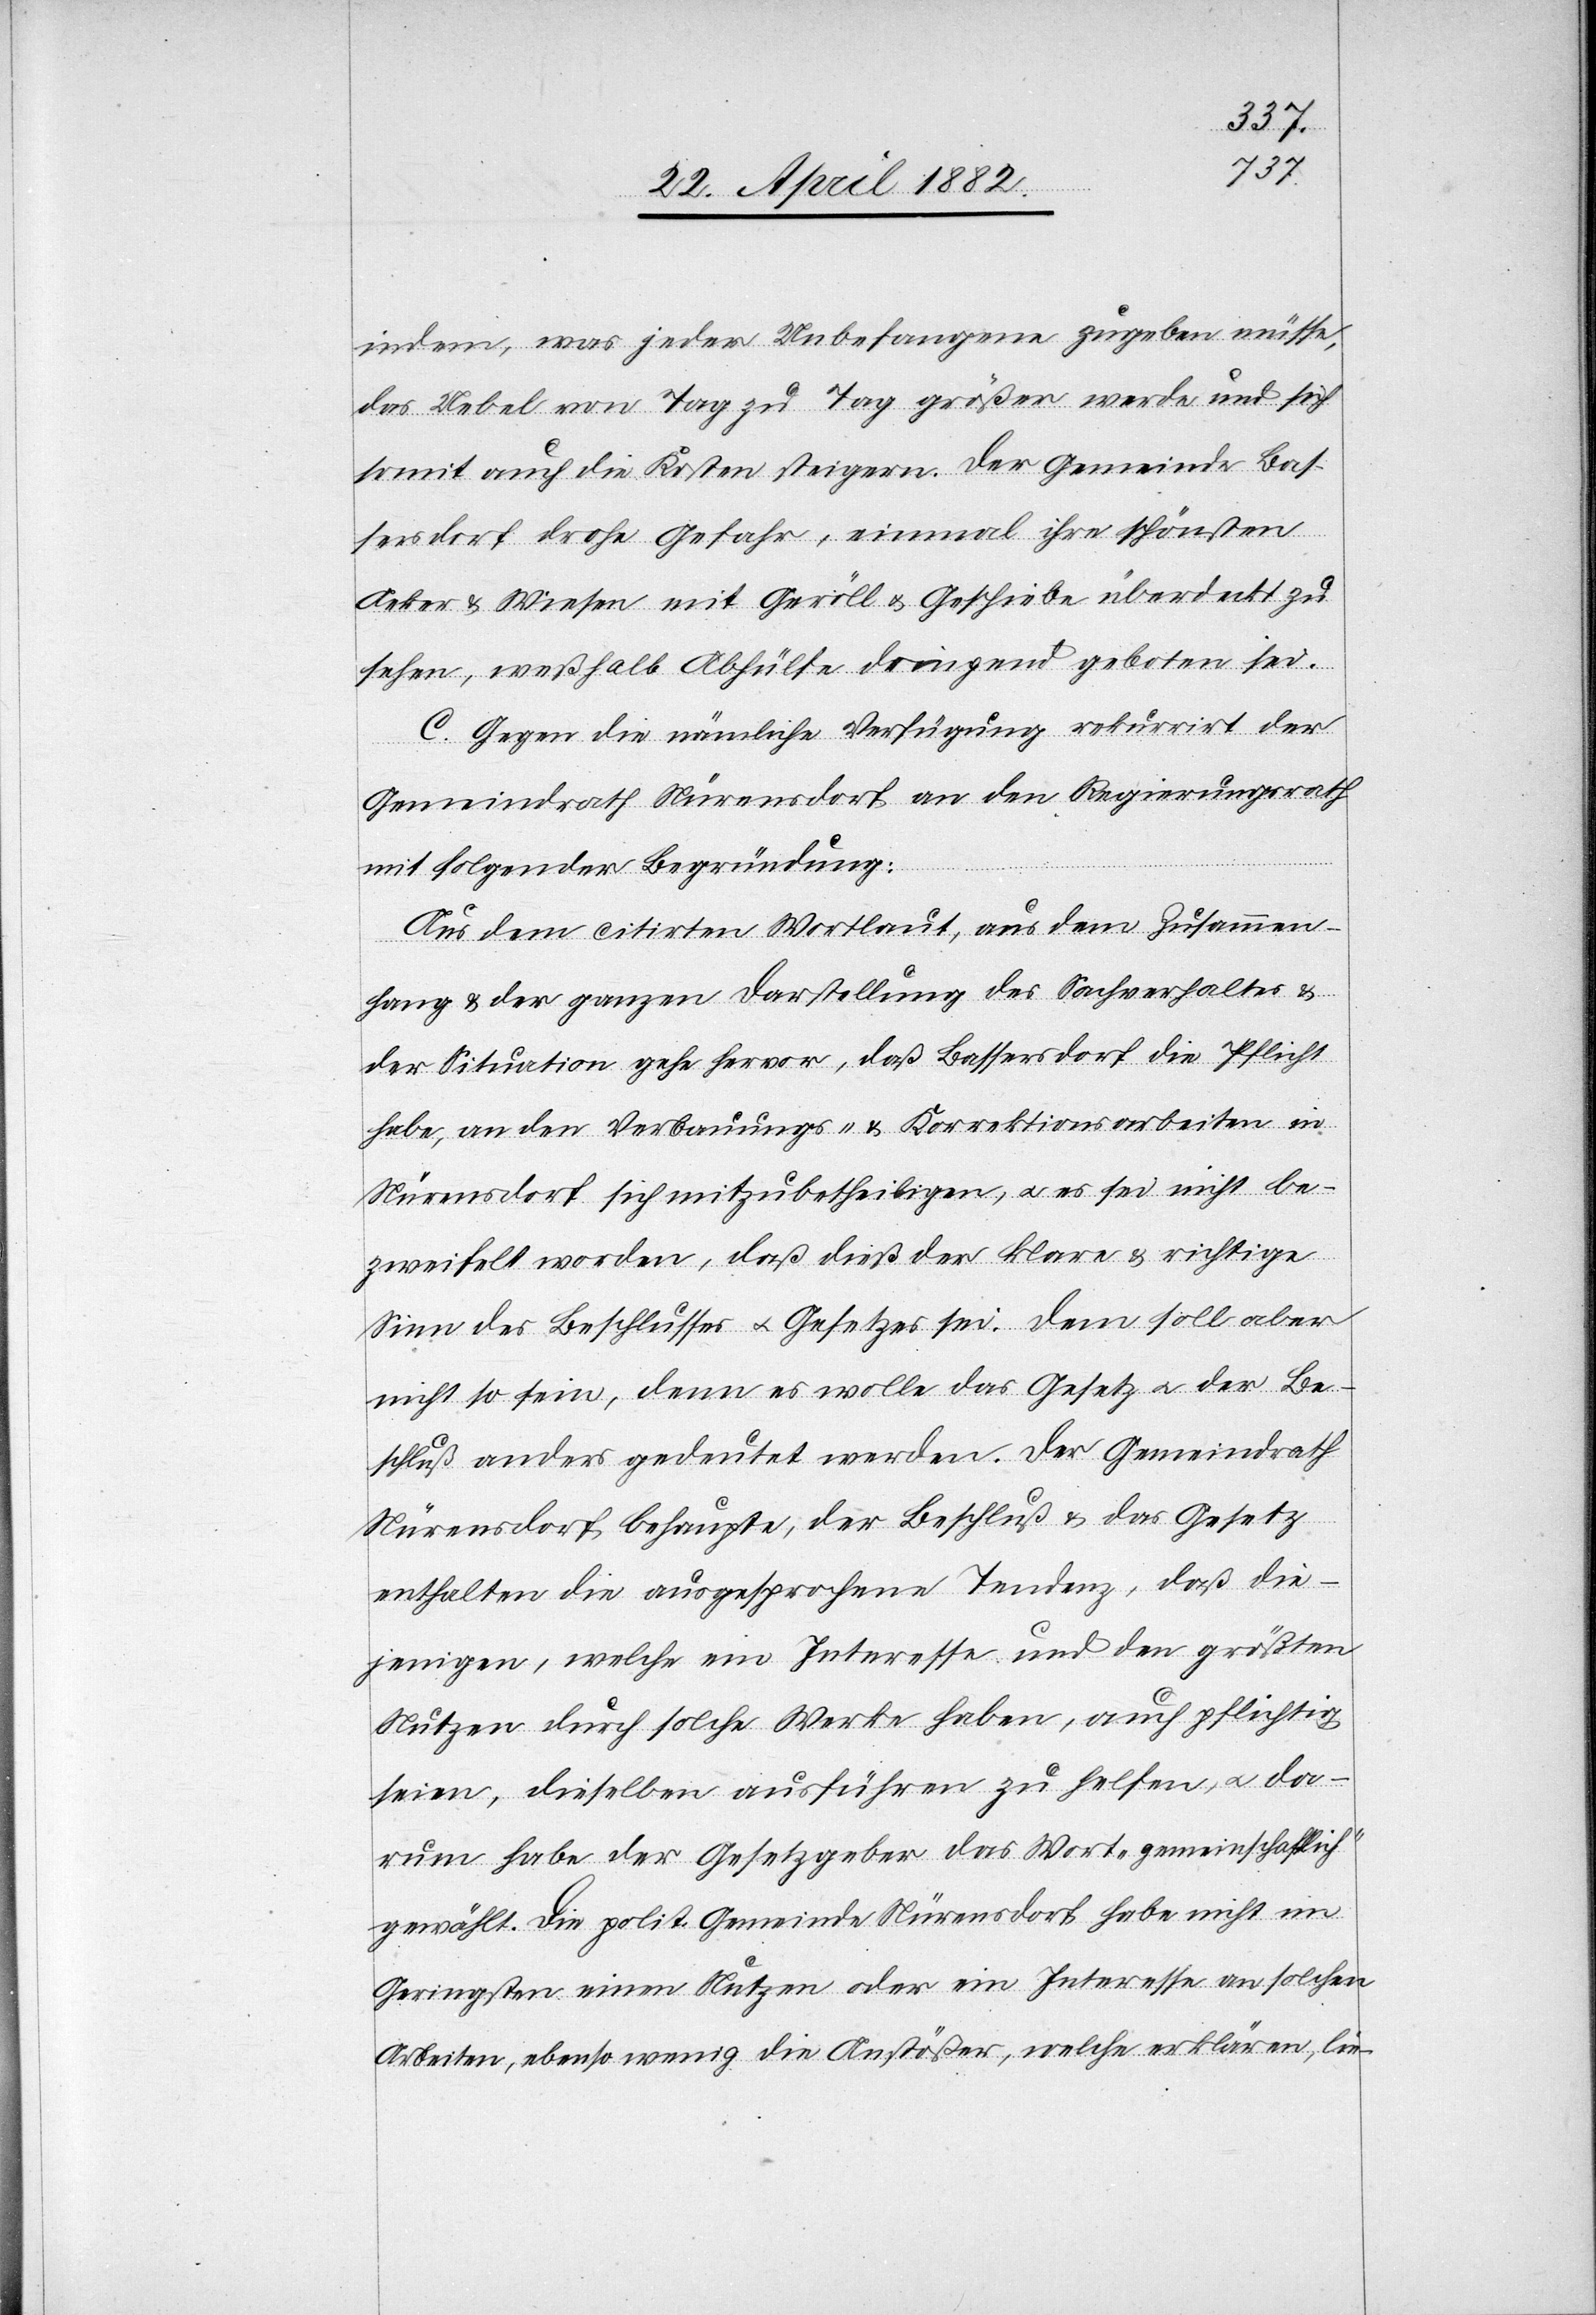
indem, was jeder Unbefangene zugeben müsse,
das Uebel von Tag zu Tag größer werde und sich
somit auch die Kosten steigern. Der Gemeinde Bas¬
sersdorf drohe Gefahr, einmal ihre schönsten
Acker & Wiesen mit Geröll & Geschiebe überdeckt zu
sehen, weßhalb Abhülfe dringend geboten sei.
C. Gegen die nämliche Verfügung rekurrirt der
Gemeindrath Nürensdorf an den Regierungsrath
mit folgender Begründung:
Aus dem citirten Wortlaut, aus dem Zusammen¬
hang & der ganzen Darstellung des Sachverhaltes &
der Situation gehe hervor, daß Bassersdorf die Pflicht
habe, an den Verbauungs- & Korrektionsarbeiten in
Nürensdorf sich mitzubetheiligen, u. es sei nicht be¬
zweifelt worden, daß dieß der klare & richtige
Sinn des Beschlusses u. Gesetzes sei. Dem soll aber
nicht so sein, denn es wolle das Gesetz u. der Be¬
schluß anders gedeutet werden. Der Gemeindrath
Nürensdorf behaupte, der Beschluß & das Gesetz
enthalten die ausgesprochene Tendenz, daß die¬
jenigen, welche ein Interesse und den größten
Nutzen durch solche Werke haben, auch pflichtig
seien, dieselben ausführen zu helfen, u. da¬
rum habe der Gesetzgeber das Wort „gemeinschaftlich“
gewählt. Die polit. Gemeinde Nürensdorf habe nicht im
Geringsten einen Nutzen oder ein Interesse an solchen
Arbeiten, ebenso wenig die Anstößer, welche erklären, lie-